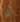
أن